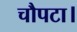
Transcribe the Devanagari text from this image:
चौपटा।